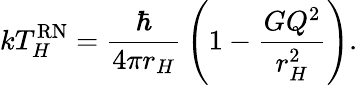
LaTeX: kT_{H}^{\mathrm{RN}}={\frac{\hbar}{4\pi r_{H}}}\left(1-{\frac{GQ^{2}}{r_{H}^{2}}}\right).